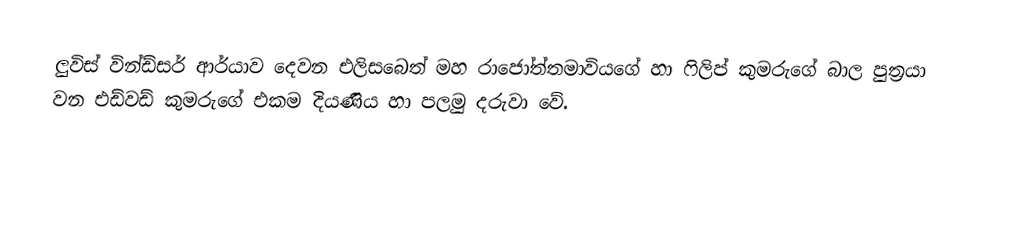
ලුවිස් වින්ඩ්සර් ආර්යාව දෙවන එලිසබෙත් මහ රාජෝත්තමාවියගේ හා ෆිලිප් කුමරුගේ බාල පුත්‍රයා වන එඩ්වඩ් කුමරුගේ එකම දියණිය හා පලමු දරුවා වේ.